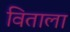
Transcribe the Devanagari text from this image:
विताला